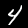
Label: 4